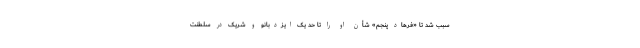
سبب شد تا «فرهاد پنجم» شأن او را تا حد یک ایزدبانو و شریک در سلطنت